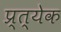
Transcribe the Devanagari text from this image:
प्र्त्येक